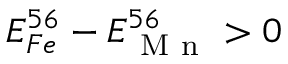
E _ { F e } ^ { 5 6 } - E _ { \mathrm { ~ M ~ n ~ } } ^ { 5 6 } > 0